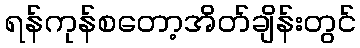
ရန်ကုန်စတော့အိတ်ချိန်းတွင်